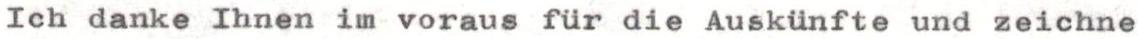
Ich danke Ihnen im voraus für die Auskünfte und zeichne